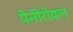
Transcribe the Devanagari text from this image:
पेनीरोयल